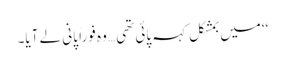
‘‘میں بمشکل کہہ پائی تھی… وہ فوراً پانی لے آیا۔